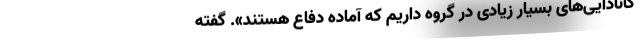
کانادایی‌های بسیار زیادی در گروه داریم که آماده دفاع هستند». گفته